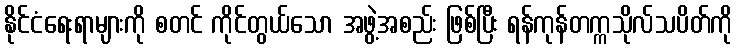
နိုင်ငံရေးရာများကို စတင် ကိုင်တွယ်သော အဖွဲ့အစည်း ဖြစ်ပြီး ရန်ကုန်တက္ကသိုလ်သပိတ်ကို